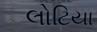
લોટિયા